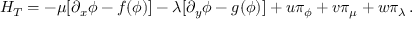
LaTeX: { \cal H } _ { T } = - \mu [ \partial _ { x } \phi - f ( \phi ) ] - \lambda [ \partial _ { y } \phi - g ( \phi ) ] + u \pi _ { \phi } + v \pi _ { \mu } + w \pi _ { \lambda } \, .